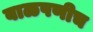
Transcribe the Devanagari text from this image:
बाळपणीच